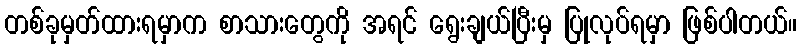
တစ်ခုမှတ်ထားရမှာက စာသားတွေကို အရင် ရွေးချယ်ပြီးမှ ပြုလုပ်ရမှာ ဖြစ်ပါတယ်။